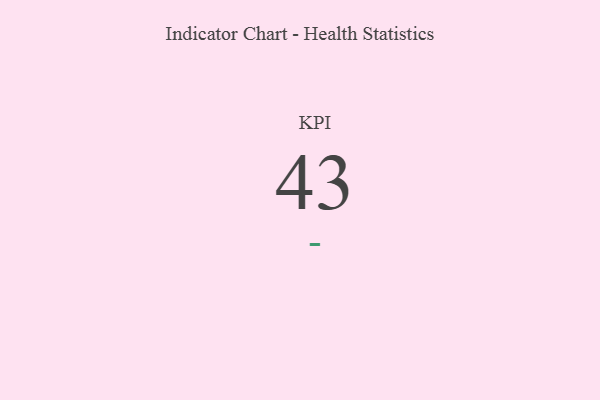
{"axis": {"x": "KPI", "y": "Value"}, "legend": [""], "data": [{"x": "KPI", "y": 43, "type": ""}]}